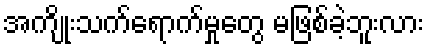
အကျိုးသက်ရောက်မှုတွေ မဖြစ်ခဲ့ဘူးလား